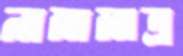
নামামাত্র